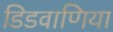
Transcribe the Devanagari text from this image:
डिडवाणिया